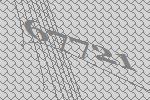
67721